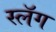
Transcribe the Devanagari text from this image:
स्लॅग